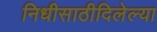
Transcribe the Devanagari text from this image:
निधीसाठीदिलेल्या